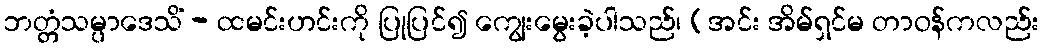
ဘတ္တံသမ္ပာဒေသိံ - ထမင်းဟင်းကို ပြုပြင်၍ ကျွေးမွေးခဲ့ပါသည်၊ (အင်း အိမ်ရှင်မ တာဝန်ကလည်း